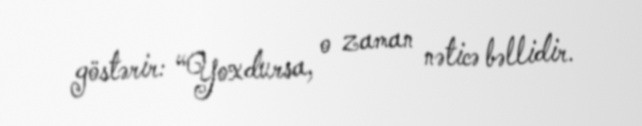
göstərir: “Yoxdursa, o zaman nəticə bəllidir.